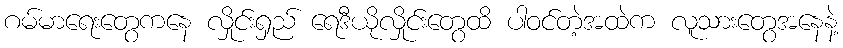
ဂမ်မာရေးတွေကနေ လှိုင်းရှည် ရေဒီယိုလှိုင်းတွေထိ ပါဝင်တဲ့အထဲက လူသားတွေအနေနဲ့